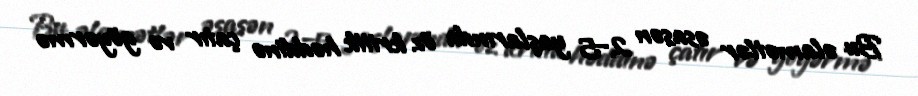
Bu əlamətlər əsasən 2–5 yaşlarında öz kritik həddinə çatır və göyərmə